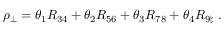
\rho _ { \perp } = \theta _ { 1 } R _ { 3 4 } + \theta _ { 2 } R _ { 5 6 } + \theta _ { 3 } R _ { 7 8 } + \theta _ { 4 } R _ { 9 \natural } ~ .